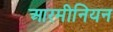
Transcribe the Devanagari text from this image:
आरमीनियन